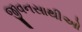
જીવનસાથીઓ